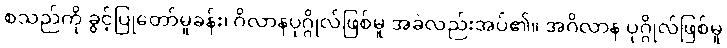
စသည်ကို ခွင့်ပြုတော်မူခန်း၊ ဂိလာနပုဂ္ဂိုလ်ဖြစ်မူ အခဲလည်းအပ်၏။ အဂိလာန ပုဂ္ဂိုလ်ဖြစ်မူ